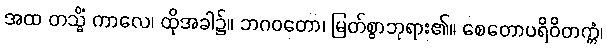
အထ တသ္မိံ ကာလေ၊ ထိုအခါ၌။ ဘဂဝတော၊ မြတ်စွာဘုရား၏။ စေတောပရိဝိတက္ကံ၊